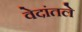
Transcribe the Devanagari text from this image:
वेदांतले